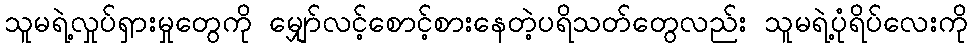
သူမရဲ့လှုပ်ရှားမှုတွေကို မျှော်လင့်စောင့်စားနေတဲ့ပရိသတ်တွေလည်း သူမရဲ့ပုံရိပ်လေးကို